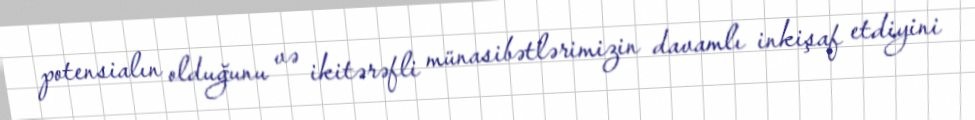
potensialın olduğunu və ikitərəfli münasibətlərimizin davamlı inkişaf etdiyini